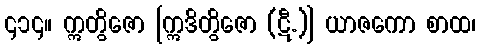
၄၁၄။ ဣတွိဇော [ဣဒိတွိဇော (ဋီ.)] ယာဇကော စာထ၊